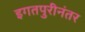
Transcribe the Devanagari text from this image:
इगतपुरीनंतर